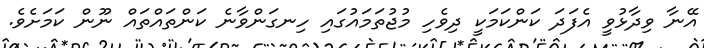
އޭނާ ވިދާޅުވީ އެފަދަ ކަންކަމަކީ ދިވެހި މުޖުތަމައުގައި ހިނގަންވާނެ ކަންތައްތައް ނޫން ކަމަށެވެ.